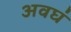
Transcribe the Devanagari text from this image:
अवघं